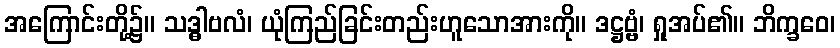
အကြောင်းတို့၌။ သဒ္ဓါဗလံ၊ ယုံကြည်ခြင်းတည်းဟူသောအားကို။ ဒဋ္ဌဗ္ဗံ၊ ရှုအပ်၏။ ဘိက္ခဝေ၊